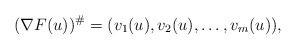
LaTeX: \begin{align*} (\nabla F (u))^\# = (v_1(u) , v_2(u) ,\dots, v_m(u)), \end{align*}